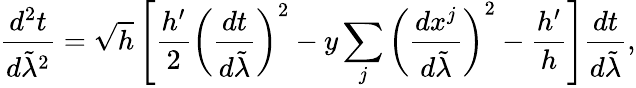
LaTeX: {\frac{d^{2}t}{d\tilde{\lambda}^{2}}}=\sqrt{h}\left[{\frac{h^{\prime}}{2}}\left({\frac{dt}{d\tilde{\lambda}}}\right)^{2}-y\sum_{j}\left({\frac{dx^{j}}{d\tilde{\lambda}}}\right)^{2}-{\frac{h^{\prime}}{h}}\right]{\frac{dt}{d\tilde{\lambda}}},